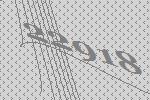
22918